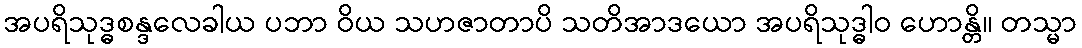
အပရိသုဒ္ဓစန္ဒလေခါယ ပဘာ ဝိယ သဟဇာတာပိ သတိအာဒယော အပရိသုဒ္ဓါဝ ဟောန္တိ။ တသ္မာ